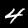
Digit: 4